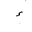
Letter: _hamza